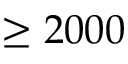
\geq 2 0 0 0